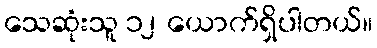
သေဆုံးသူ ၁၂ ယောက်ရှိပါတယ်။